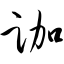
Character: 跏